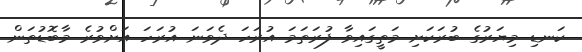
ކަނޑި މިޔަރުގެ ބުރަކަށި މަތީގައިވާ ފުރަތަމަ އުރަހަ ދެވަނަ އުރަހަ އަށްވުރެ މާބޮޑުތަން